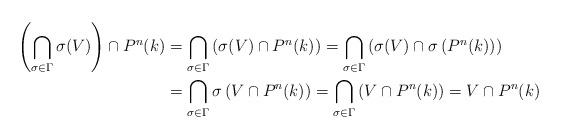
LaTeX: \begin{align*}\left( \bigcap_{\sigma\in\Gamma}\sigma(V)\right) \cap P^{n}(k) &=\bigcap_{\sigma\in\Gamma}\left( \sigma(V)\cap P^{n}(k)\right)=\bigcap_{\sigma\in\Gamma}\left( \sigma(V)\cap\sigma\left( P^{n}(k)\right)\right) \\& =\bigcap_{\sigma\in\Gamma}\sigma\left( V\cap P^{n}(k)\right)=\bigcap_{\sigma\in\Gamma}\left( V\cap P^{n}(k)\right) =V\cap P^{n}(k)\end{align*}